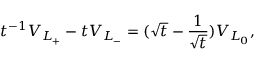
t ^ { - 1 } V _ { L _ { + } } - t V _ { L _ { - } } = ( \sqrt { t } - \frac { 1 } { \sqrt { t } } ) V _ { L _ { 0 } } ,